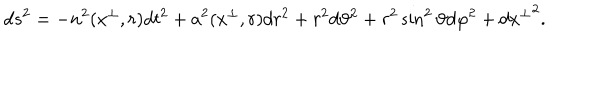
d s ^ { 2 } = - n ^ { 2 } ( x ^ { \perp } , r ) d t ^ { 2 } + a ^ { 2 } ( x ^ { \perp } , r ) d r ^ { 2 } + r ^ { 2 } d \vartheta ^ { 2 } + r ^ { 2 } \sin ^ { 2 } \vartheta d \varphi ^ { 2 } + d { x ^ { \perp } } ^ { 2 } .